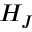
H _ { J }